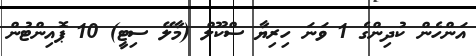
އަންހެން ކުދިންގެ 1 ވަނަ ހިރިޔާ ސްކޫލް (މާލޭ ސިޓީ) 10 ޕޮއިންޓުން